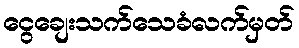
ငွေချေးသက်သေခံလက်မှတ်